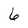
Character: 6